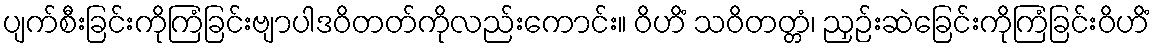
ပျက်စီးခြင်းကိုကြံခြင်းဗျာပါဒဝိတတ်ကိုလည်းကောင်း။ ဝိဟိံ သဝိတတ္တံ၊ ညှဉ်းဆဲခြေင်းကိုကြံခြင်းဝိဟိံ